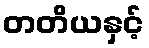
တတိယနှင့်